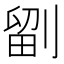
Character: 𭄁